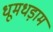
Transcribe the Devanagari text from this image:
धूमधड़ाम